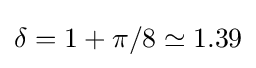
\delta =1+\pi /8\simeq 1.39